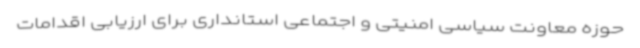
حوزه معاونت سیاسی امنیتی و اجتماعی استانداری برای ارزیابی اقدامات